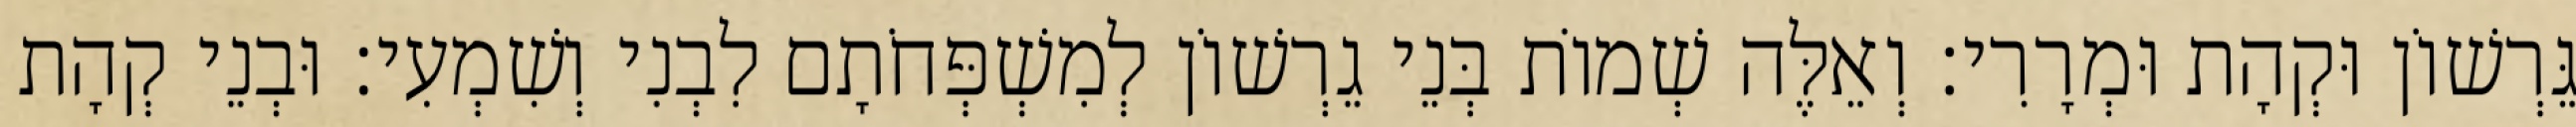
גֵּרְשׁוֹן וּקְהָת וּמְרָרִי׃ וְאֵלֶּה שְׁמוֹת בְּנֵי גֵרְשׁוֹן לְמִשְׁפְּחֹתָם לִבְנִי וְשִׁמְעִי׃ וּבְנֵי קְהָת